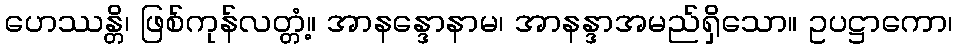
ဟေဿန္တိ၊ ဖြစ်ကုန်လတ္တံ့။ အာနန္ဒောနာမ၊ အာနန္ဒာအမည်ရှိသော။ ဥပဋ္ဌာကော၊